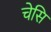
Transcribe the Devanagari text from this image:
चेसि